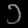
Digit: ၁